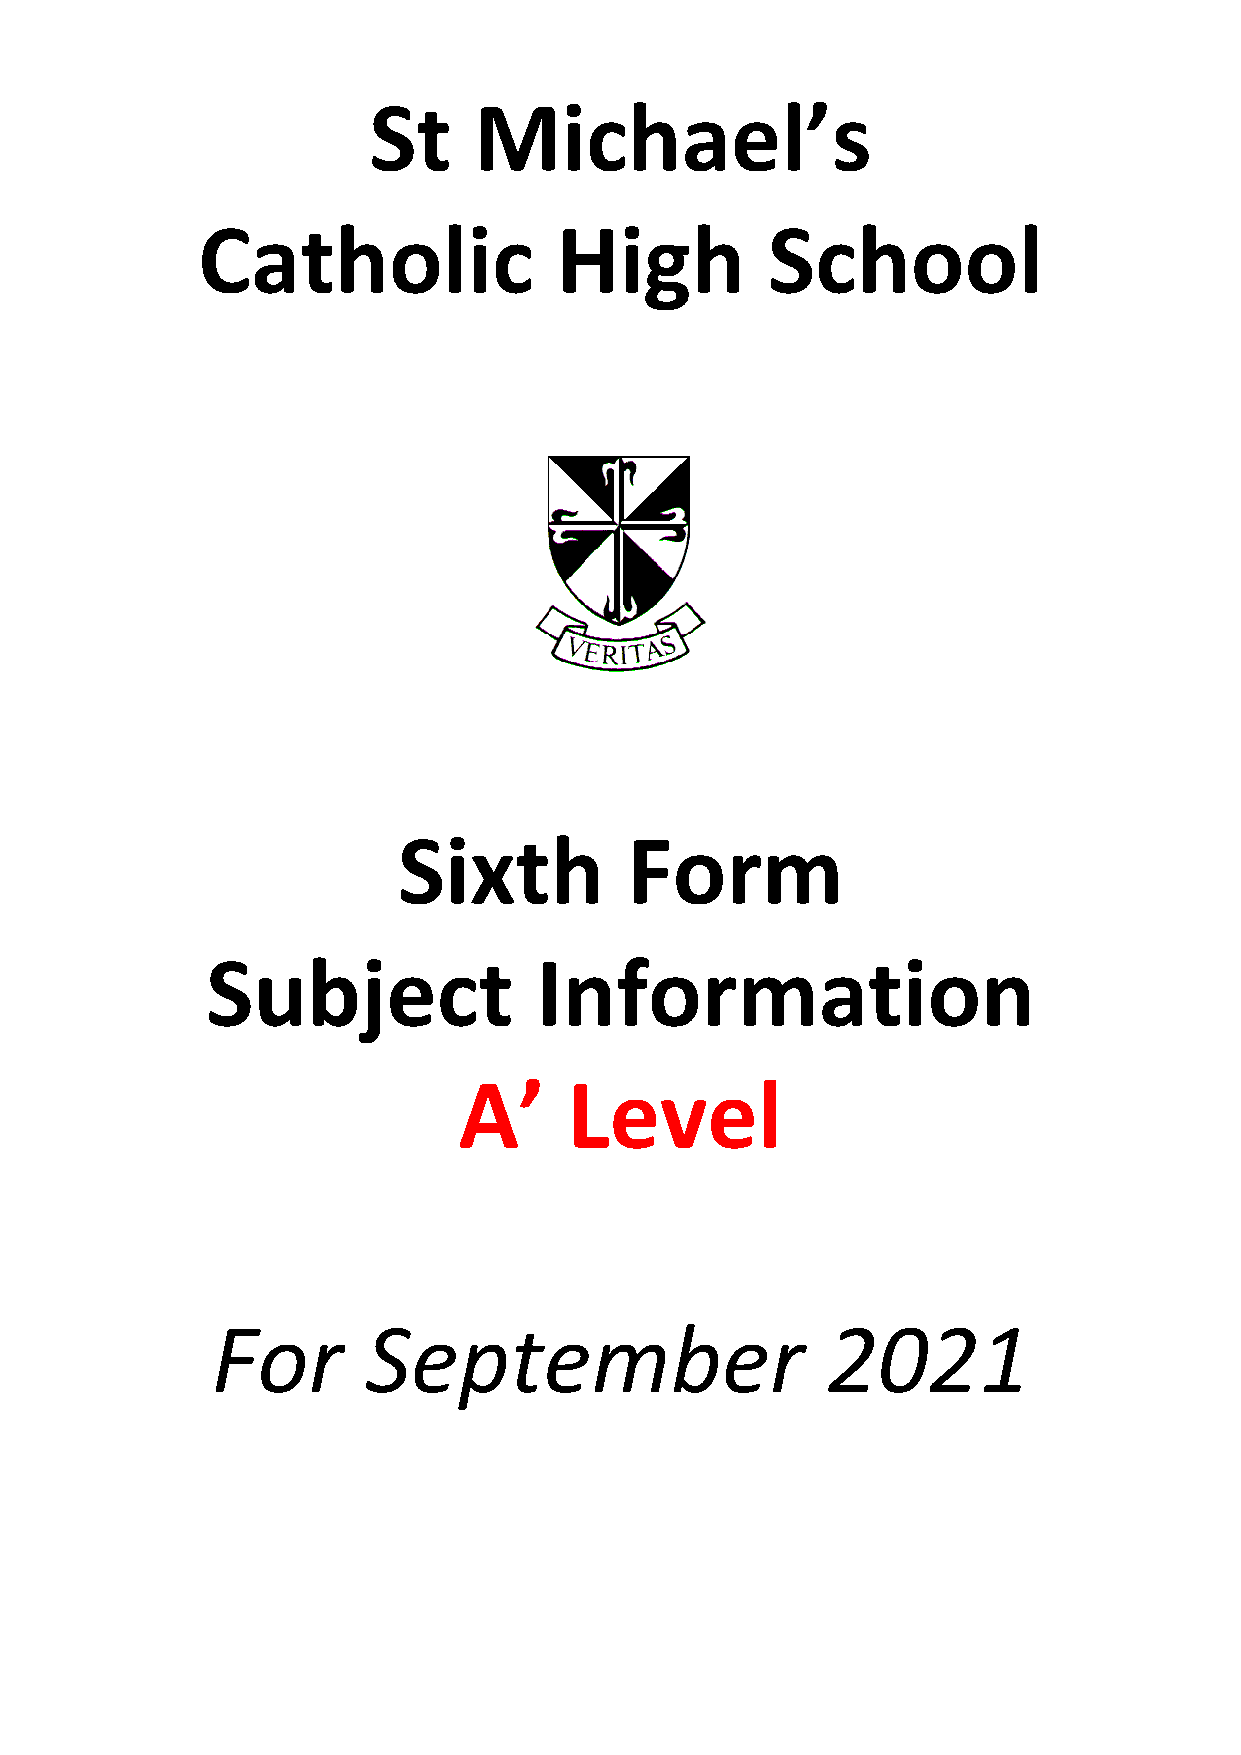
St     Michael’s
 Catholic                High          School
 Sixth          Form
 Subject              Information
 A’      Level
 For       September                      2021